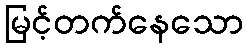
မြင့်တက်နေသော